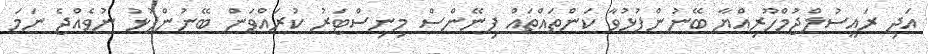
އަދި ރައީސުލްޖުމްހޫރިއްޔާ ބޭނުންފުޅުވާ ކަންތައްތައް ފިނޭންސް މިނިސްޓަރު ކުރައްވަން ބޭނުންފުޅު ނުވެއްޖެ ނަމަ